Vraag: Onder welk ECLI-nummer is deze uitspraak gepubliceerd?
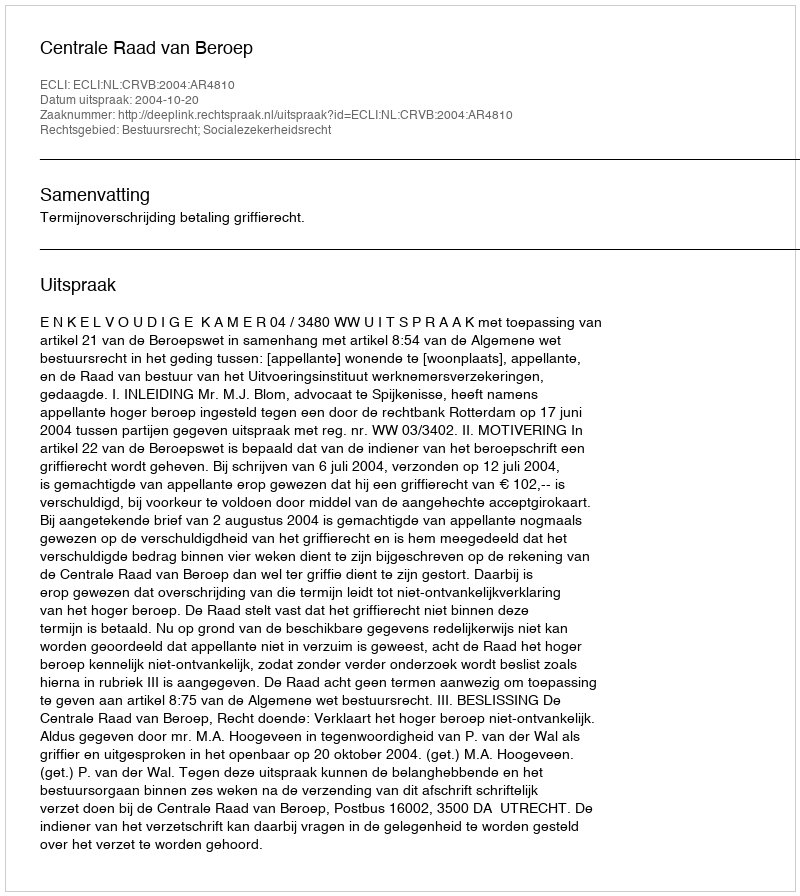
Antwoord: ECLI:NL:CRVB:2004:AR4810